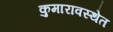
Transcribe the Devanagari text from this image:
कुमारावस्थेत